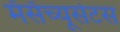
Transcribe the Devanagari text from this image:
मॅसॅच्यूसेटस